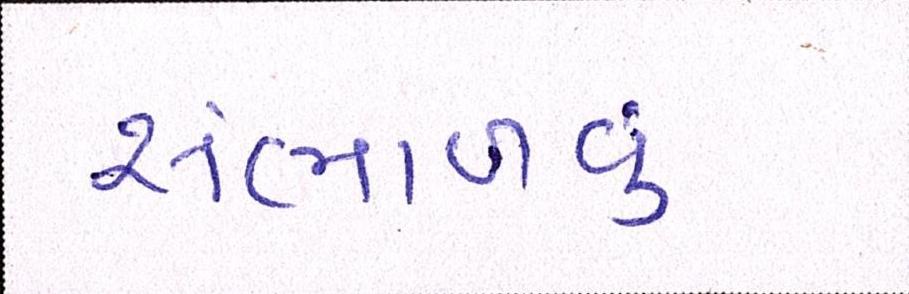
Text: સંભાળવું